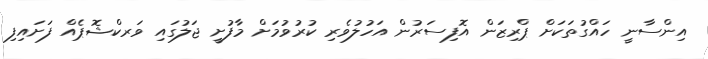
އިންސާނީ ހައްގުތަކަށް ޕްރިޒަން އޮފިސަރުން އަހުލުވެރި ކުރުވުމަށް މާފުށީ ޖަލުގައި ވަރކްޝޮޕެއް ފަށައިފި